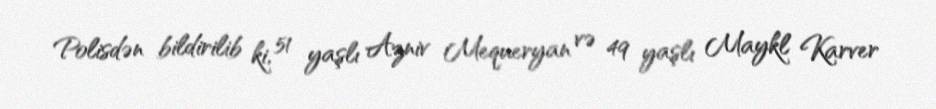
Polisdən bildirilib ki, 51 yaşlı Azniv Mequeryan və 49 yaşlı Maykl Karver